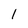
Character: l